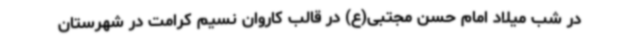
در شب میلاد امام حسن مجتبی(ع) در قالب کاروان نسیم کرامت در شهرستان